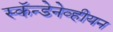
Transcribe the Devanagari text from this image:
स्कॅन्डेनेव्हीयन